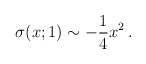
\begin{align*}\sigma(x;1)\sim -{1\over 4} x^2\, .\end{align*}